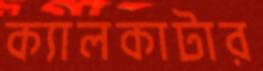
ক্যালকাটার